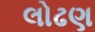
લોઢણ